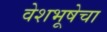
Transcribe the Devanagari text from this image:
वेशभूषेचा